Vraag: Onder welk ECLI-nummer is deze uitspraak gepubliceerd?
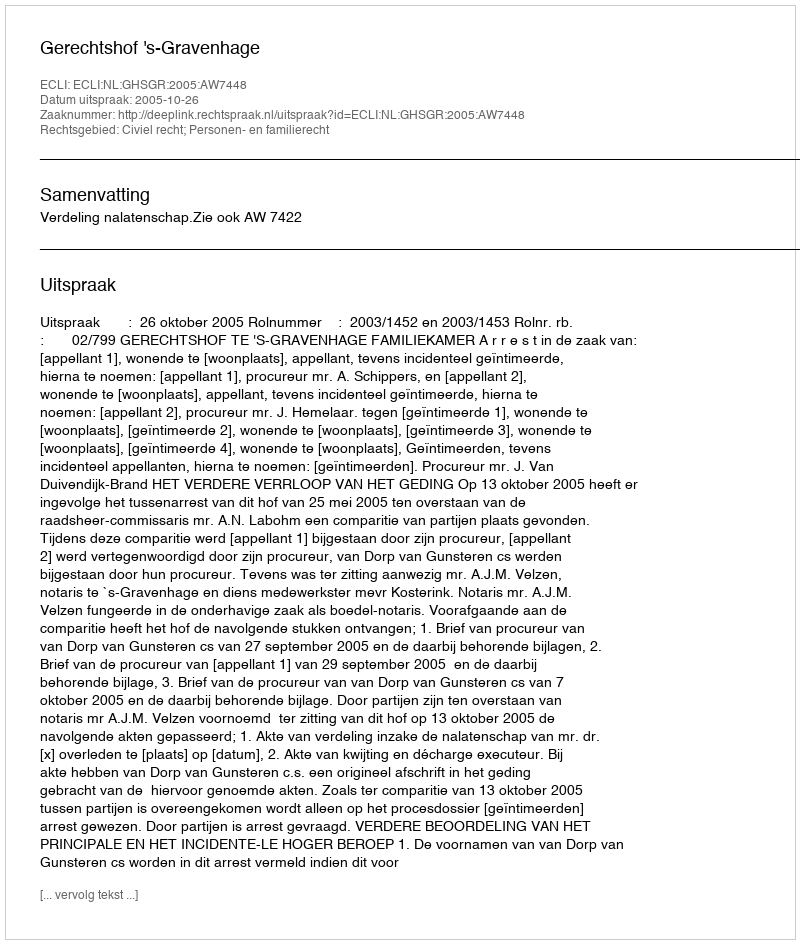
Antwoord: ECLI:NL:GHSGR:2005:AW7448